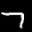
Label: 7